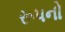
રૂપનો